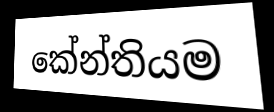
කේන්තියම